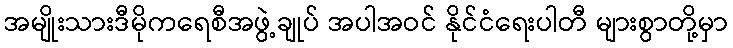
အမျိုးသားဒီမိုကရေစီအဖွဲ့ချုပ် အပါအဝင် နိုင်ငံရေးပါတီ များစွာတို့မှာ